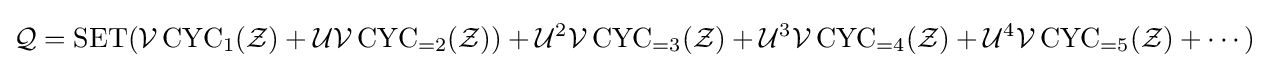
{\mathcal {Q}}=\operatorname {SET} ({\mathcal {V}}\operatorname {CYC} _{1}({\mathcal {Z}})+{\mathcal {U}}{\mathcal {V}}\operatorname {CYC} _{=2}({\mathcal {Z}}))+{\mathcal {U}}^{2}{\mathcal {V}}\operatorname {CYC} _{=3}({\mathcal {Z}})+{\mathcal {U}}^{3}{\mathcal {V}}\operatorname {CYC} _{=4}({\mathcal {Z}})+{\mathcal {U}}^{4}{\mathcal {V}}\operatorname {CYC} _{=5}({\mathcal {Z}})+\cdots )